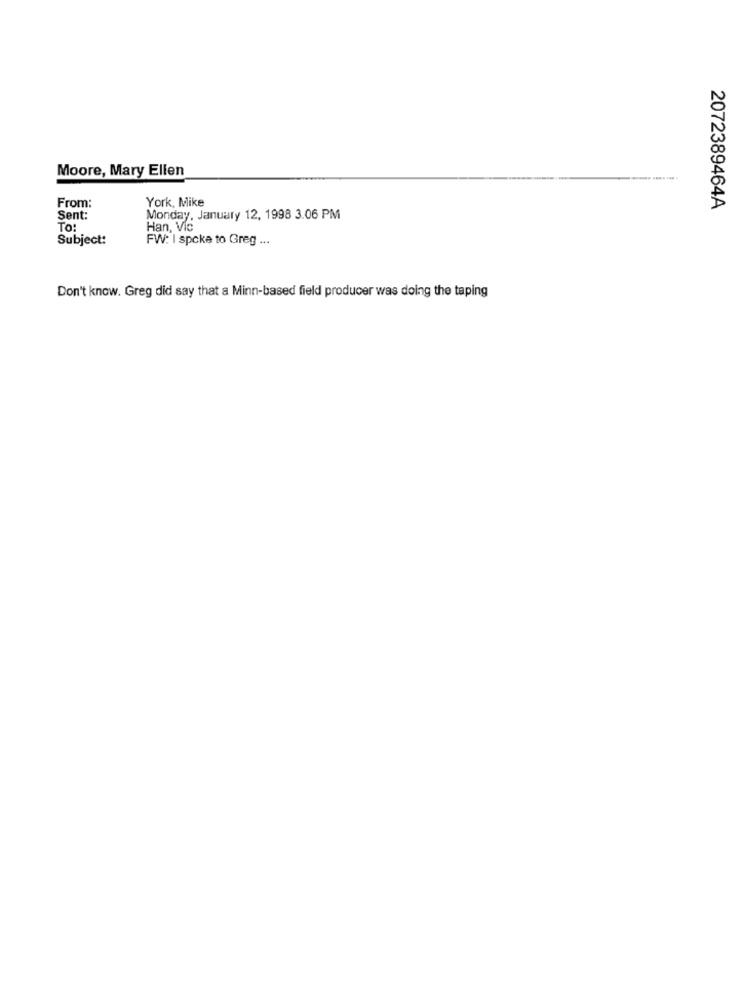
Moore, Mary Ellen
From:
York, Mike
2072389464A
Sent:
Monday, January 12, 1998 3.06 PM
To:
Han, Vic
Subject:
FW: I spoke to Greg ...
Don't know. Greg did say that a Minn-based field producer was doing the taping